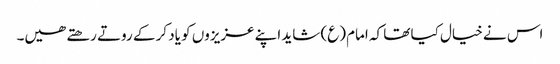
اس نے خیال کیا تھا کہ امام (ع) شاید اپنے عزیزوں کو یاد کر کے روتے رھتے ھیں۔